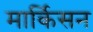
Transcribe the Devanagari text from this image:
मार्किसन